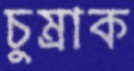
চুম্‌রাক